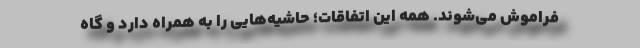
فراموش می‌شوند. همه این اتفاقات؛ حاشیه‌هایی را به همراه دارد و گاه